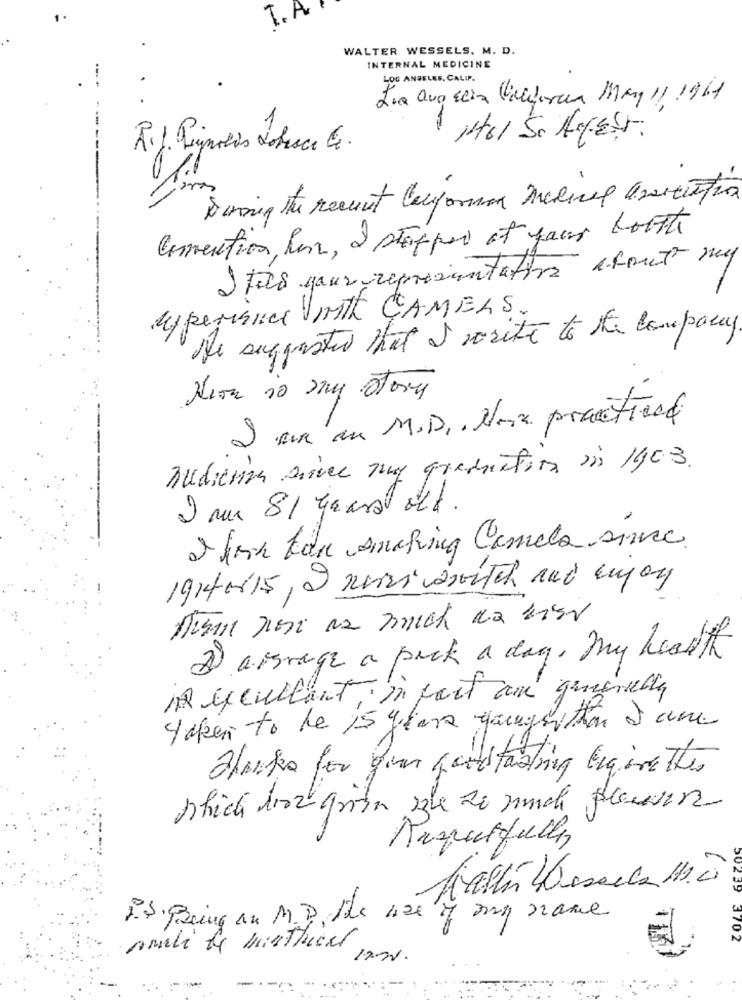
T. A.
1.
WALTER WESSELS, M. D.
INTERNAL MEDICINE
LOS ANGELES, CALIF.
La QuoEcía California May 11 196
Convention hun, 2 stapper et pour lotte
I tas your representative about my
Hyperianes VAIth CAMELS.
Ne suggested that I vorite to the Company
Neon is may story
I am an M.D .. Noa practical
Budienza are my graduation in 1903.
9 mm 81 years old .
I hork kan smoking Camela since.
19140115, I nervi amortch and enjoy
2) a israge a pack a dag. my health
in excullant, in part and generally
taken to be 15 years youngerthan à ane
Thanks for gin fandtastring beginetter
shich diaz grön ile zu munch plauen
Mrzutfully
90219
Is Being an M.D. the use of any name
3702
nosti le minttucal